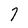
Character: 7